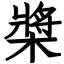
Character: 槳